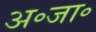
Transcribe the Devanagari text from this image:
अ॰जा॰